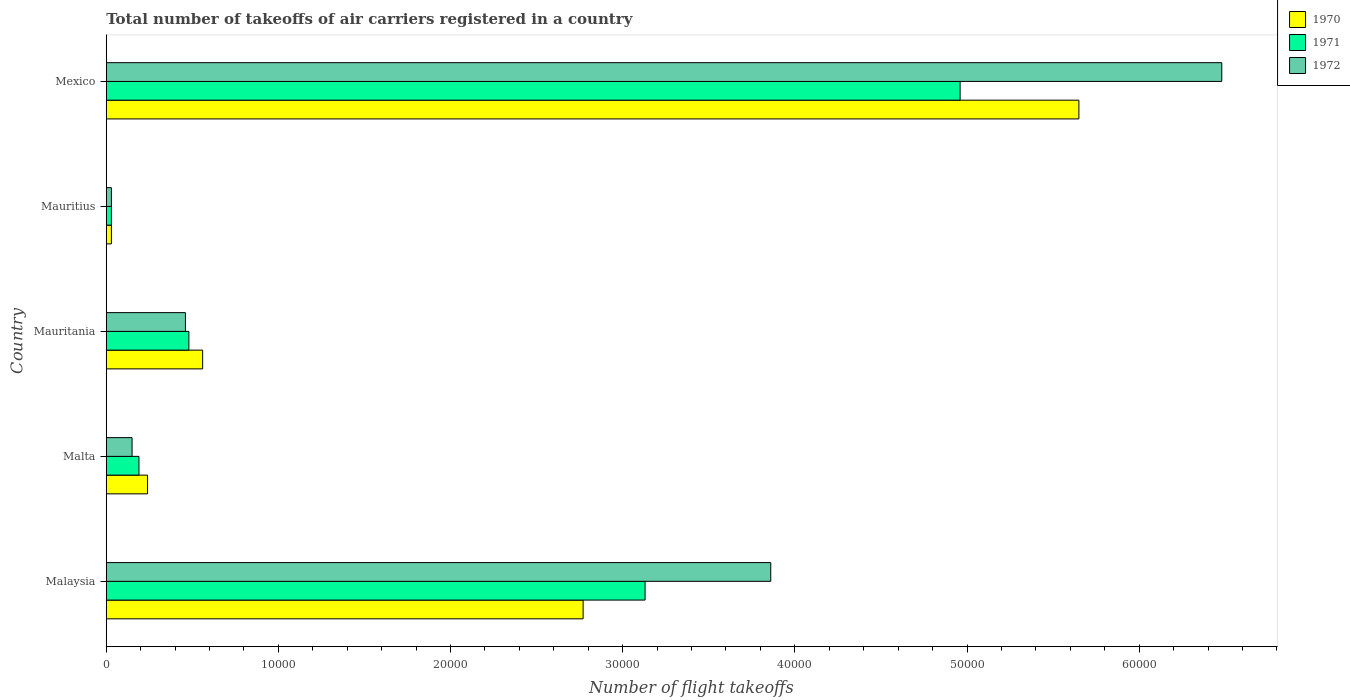
| Country | 1970 | 1971 | 1972 |
 | --- | --- | --- | --- |
 | Malaysia | 2.77e+04 | 3.13e+04 | 3.86e+04 |
 | Malta | 2.4e+03 | 1.9e+03 | 1.5e+03 |
 | Mauritania | 5.6e+03 | 4.8e+03 | 4.6e+03 |
 | Mauritius | 300 | 300 | 300 |
 | Mexico | 5.65e+04 | 4.96e+04 | 6.48e+04 |